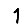
Digit: 1